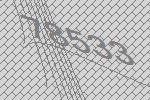
78533